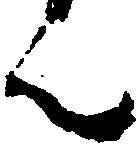
ん